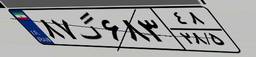
۸۷گ۶۸۳۴۸